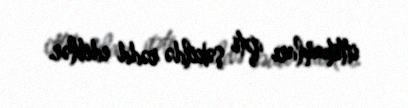
ittihamları qəti şəkildə rədd ediblər.